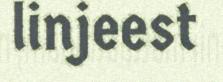
linjeest